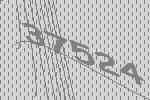
37524